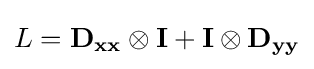
L=\mathbf {D_{xx}} \otimes \mathbf {I} +\mathbf {I} \otimes \mathbf {D_{yy}}